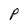
Character: P